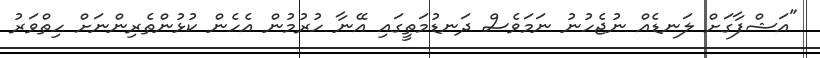
"އަޝްފާގަށް ލަނޑެއް ނުޖެހުނު ނަމަވެސް ދަނޑުމަތީގައި އޭނާ ހުރުމުން އެހެން ކުޅުންތެރިންނަށް ހިތްވަރު